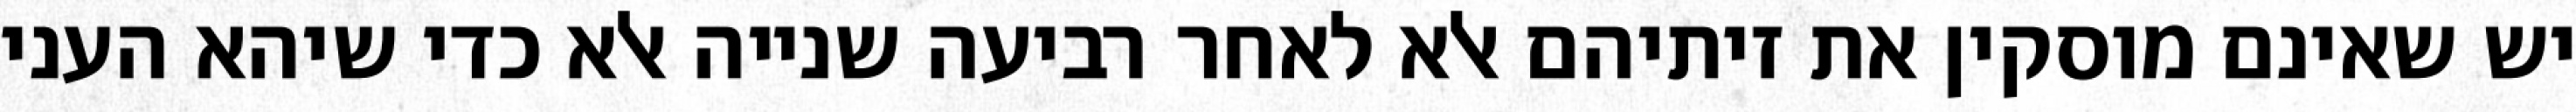
יש שאינם מוסקין את זיתיהם אלא לאחר רביעה שנייה אלא כדי שיהא העני